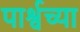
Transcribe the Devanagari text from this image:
पार्श्वच्या